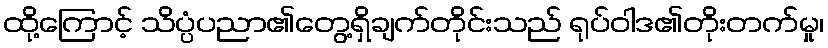
ထို့ကြောင့် သိပ္ပံပညာ၏တွေ့ရှိချက်တိုင်းသည် ရုပ်ဝါဒ၏တိုးတက်မှု၊